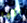
أكلها